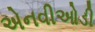
એનવીઓડી